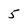
Character: 5